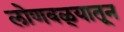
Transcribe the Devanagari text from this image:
लोणवळ्यातून